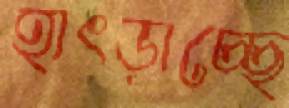
হাৎড়াচ্ছে